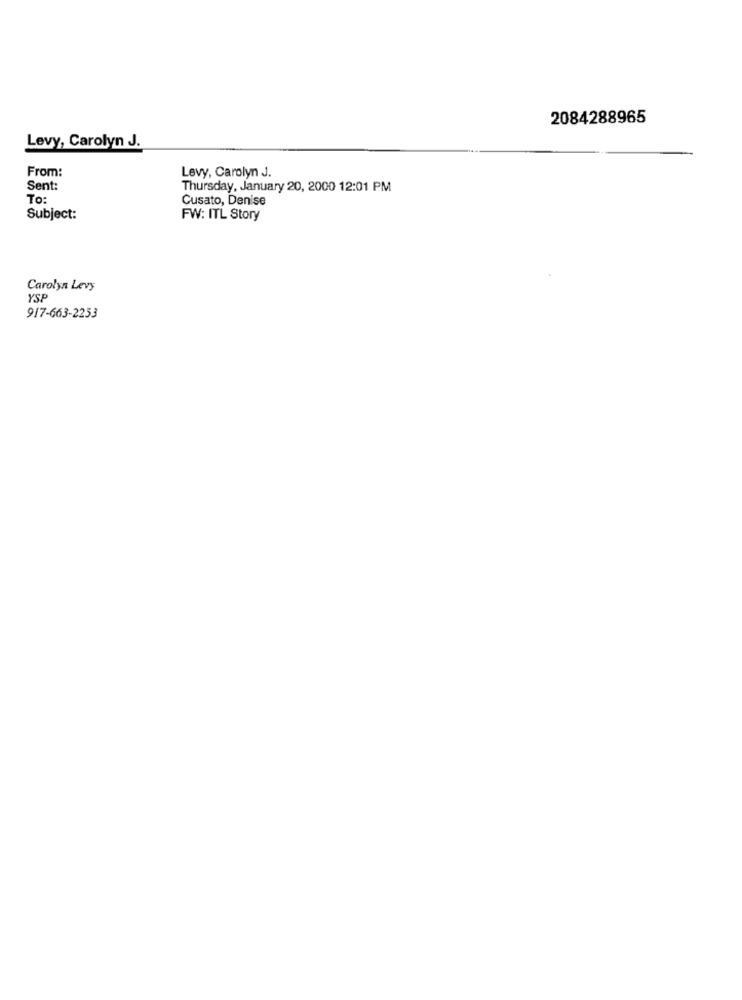
2084288965
Levy, Carolyn J.
From:
Levy, Carolyn J.
Sent:
Thursday, January 20, 2000 12:01 PM
To:
Cusato, Denise
Subject:
FW: ITL Story
Carolyn Levy
YSP
917-663-2253